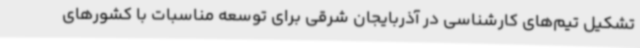
تشکیل تیم‌های کارشناسی در آذربایجان شرقی برای توسعه مناسبات با کشورهای